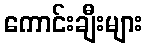
ကောင်းချီးများ